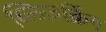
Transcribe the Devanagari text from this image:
ब्लिज़क्रिंग